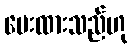
ပေးထားသည်ဟု